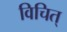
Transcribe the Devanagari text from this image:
विचित्